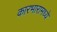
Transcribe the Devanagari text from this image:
कारभारामध्ये